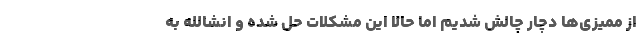
از ممیزی‌ها دچار چالش شدیم اما حالا این مشکلات حل شده و انشالله به